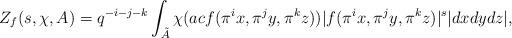
LaTeX: \begin{align*}Z_f(s, \chi, A)=q^{-i-j-k}\int_{\tilde A}\chi(acf(\pi^ix, \pi^jy, \pi^kz))|f(\pi^ix, \pi^jy, \pi^kz)|^s|dxdydz|,\end{align*}